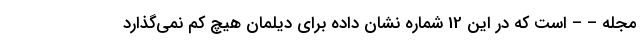
مجله – – است که در این 12 شماره نشان داده برای دیلمان هیچ کم نمی‌گذارد